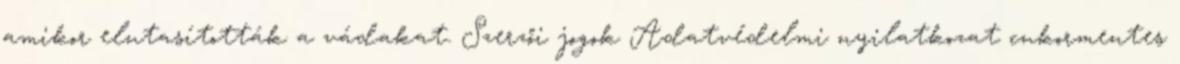
amikor elutasították a vádakat. Szerzői jogok Adatvédelmi nyilatkozat cukormentes